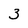
Character: 3